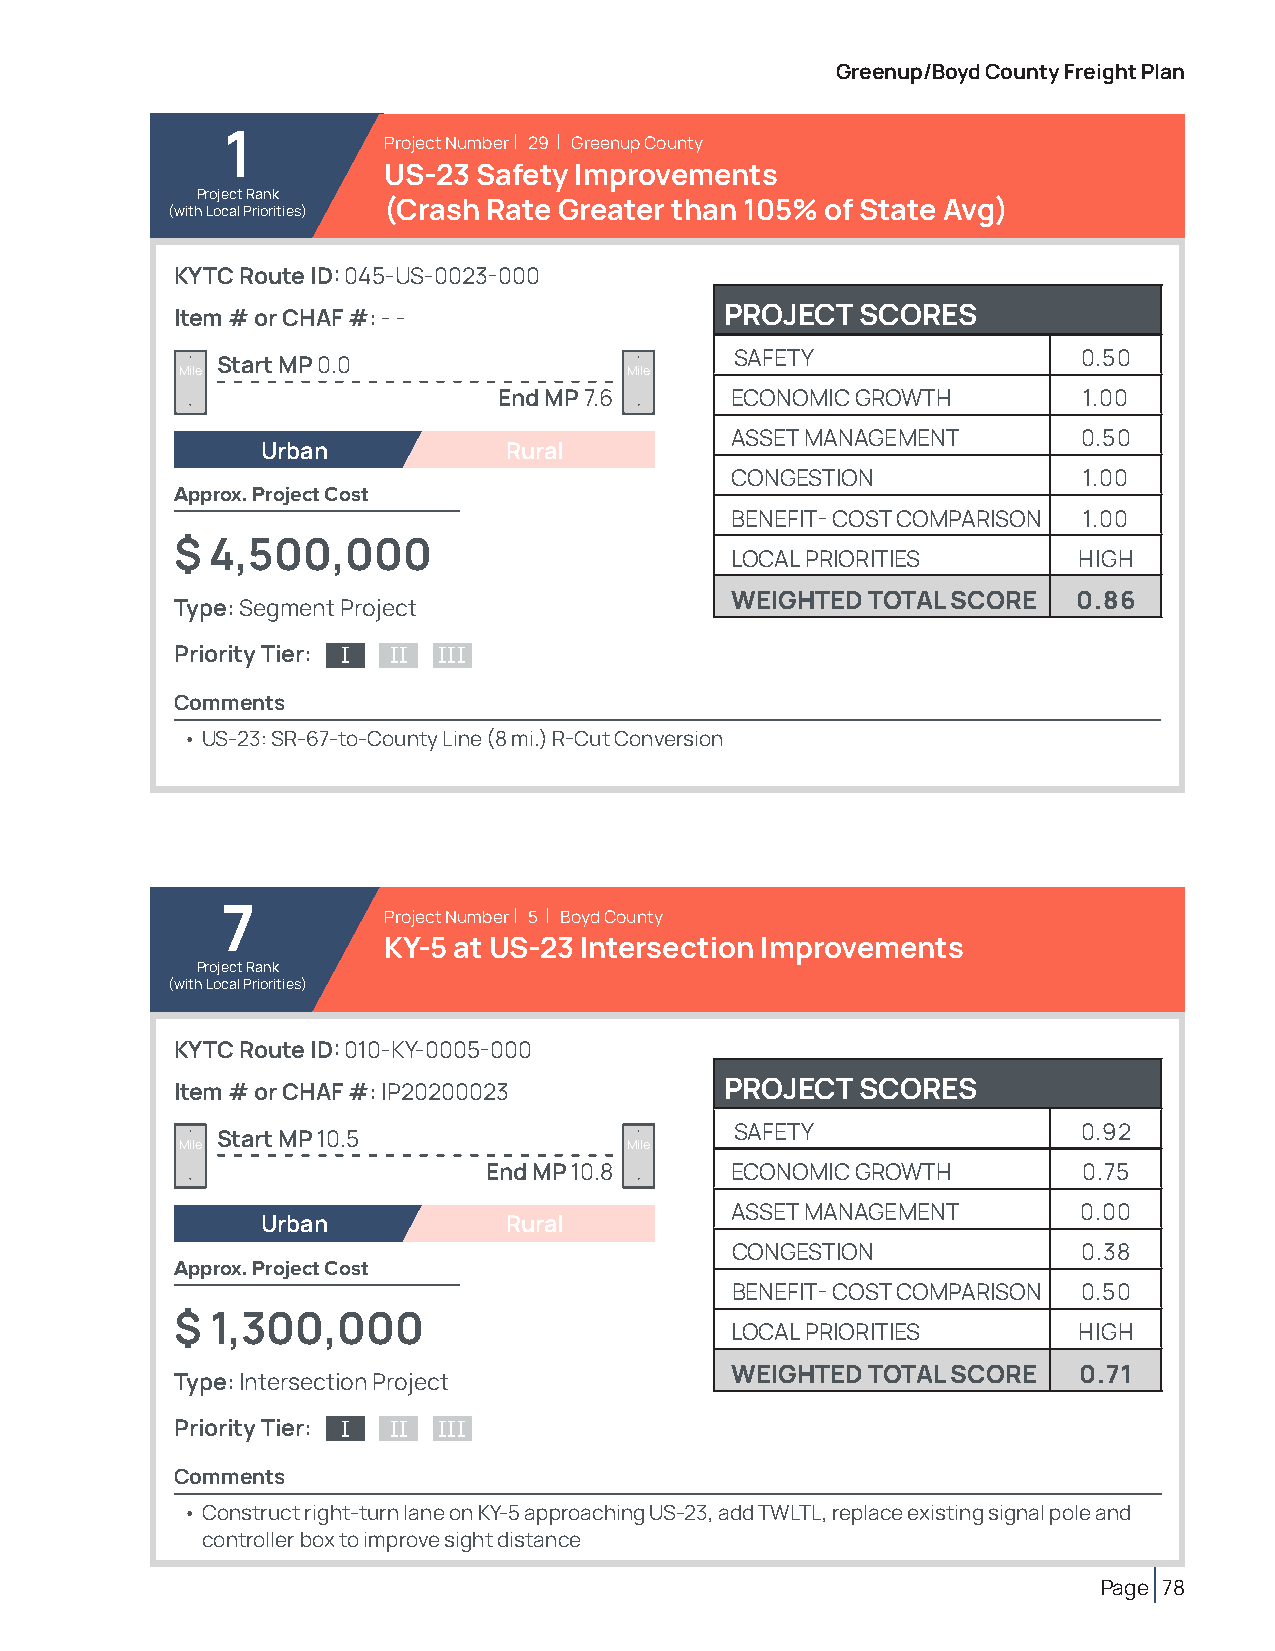
Greenup/Boyd County Freight Plan
 1         Project Number | 29 | Greenup County
 US-23  Safety Improvements
 Project Rank
 (with Local Priorities) (Crash Rate Greater than 105% of State Avg)
 KYTC Route ID: 045-US-0023-000
 Item # or CHAF #: - -               PROJECT  SCORES
 SAFETY                 0.50
 Start MP 0.0
 Mile                          Mile
 End MP 7.6     ECONOMIC GROWTH         1.00
 ASSET MANAGEMENT        0.50
 Urban           Rural
 CONGESTION              1.00
 Approx. Project Cost
 BENEFIT- COST COMPARISON 1.00
 $ 4,500,000
 LOCAL PRIORITIES       HIGH
 WEIGHTED TOTAL SCORE   0.86
 Type: Segment Project
 Priority Tier: I II III
 Comments
 • US-23: SR-67-to-County Line (8 mi.) R-Cut Conversion
 7         Project Number | 5 | Boyd County
 KY-5 at US-23 Intersection Improvements
 Project Rank
 (with Local Priorities)
 KYTC Route ID: 010-KY-0005-000
 Item # or CHAF #: IP20200023        PROJECT  SCORES
 SAFETY                 0.92
 Start MP 10.5
 Mile                          Mile
 End MP 10.8     ECONOMIC GROWTH         0.75
 ASSET MANAGEMENT        0.00
 Urban           Rural
 CONGESTION              0.38
 Approx. Project Cost
 BENEFIT- COST COMPARISON 0.50
 $ 1,300,000
 LOCAL PRIORITIES       HIGH
 WEIGHTED TOTAL SCORE   0.71
 Type: Intersection Project
 Priority Tier: I II III
 Comments
 • Construct right-turn lane on KY-5 approaching US-23, add TWLTL, replace existing signal pole and
 controller box to improve sight distance
 Page 78